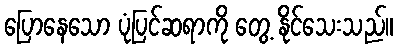
ပြောနေသော ပုံပြင်ဆရာကို တွေ့ နိုင်သေးသည်။